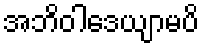
အဘိဝါဒေယျာမပိ